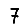
Digit: 7